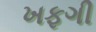
ખફગી